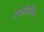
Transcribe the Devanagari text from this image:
पैकीनीमा